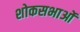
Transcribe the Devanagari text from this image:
शोकसभाओं